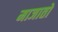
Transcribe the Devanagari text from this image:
माजातो